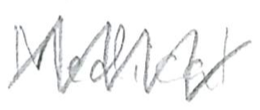
Text: Medical
Cross-out: mix
Writing tool: pencil